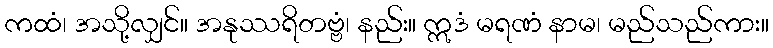
ကထံ၊ အသို့လျှင်။ အနုဿရိတဗ္ဗံ၊ နည်း။ ဣဒံ မရဏံ နာမ၊ မည်သည်ကား။